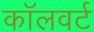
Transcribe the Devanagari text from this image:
कॉलवर्ट